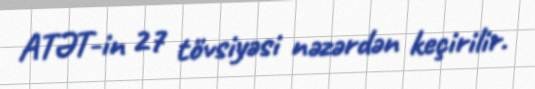
ATƏT-in 27 tövsiyəsi nəzərdən keçirilir.